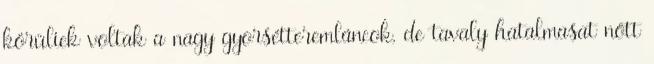
körüliek voltak a nagy gyorsétteremláncok, de tavaly hatalmasat nőtt